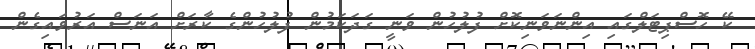
ކޭ ހޮސްޕިޓަލްގައި އިންނަވަނިކޮށް ފުލުހުން ވަނީ ގަދަކަމުން ފުލުހުންގެ ކާރަށް އަނަސް އަރުވައިގެން